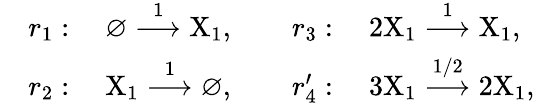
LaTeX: \begin{array}{rl}&{r_{1}:\quad\varnothing\stackrel{1}{\longrightarrow}\mathrm{X}_{1},\quad\quad r_{3}:\quad 2\mathrm{X}_{1}\stackrel{1}{\longrightarrow}\mathrm{X}_{1},}\\ &{r_{2}:\quad\mathrm{X}_{1}\stackrel{1}{\longrightarrow}\varnothing,\quad\quad r_{4}^{\prime}:\quad 3\mathrm{X}_{1}\stackrel{1/2}{\longrightarrow}2\mathrm{X}_{1},}\end{array}